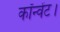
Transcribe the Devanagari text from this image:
कॉन्वेंट।